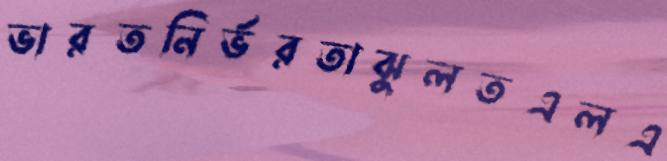
ভারতনির্ভরতাঝুলতএলএ